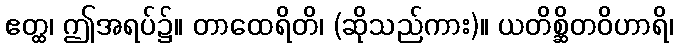
ဧတ္ထ၊ ဤအရပ်၌။ တာထေရိတိ၊ (ဆိုသည်ကား)။ ယတိစ္ဆိတဝိဟာရိ၊